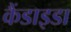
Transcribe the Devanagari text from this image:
कैंडाइडा